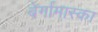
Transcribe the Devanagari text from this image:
बेर्गामास्का